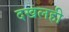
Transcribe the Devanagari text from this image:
दखलही